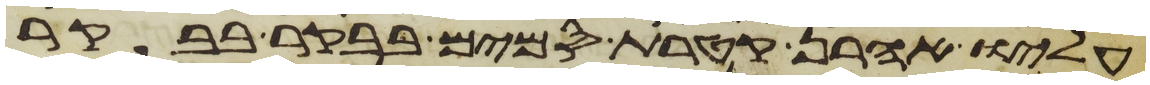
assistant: עליו אהרן קטרת סמים בבקר בבקר